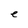
Character: e